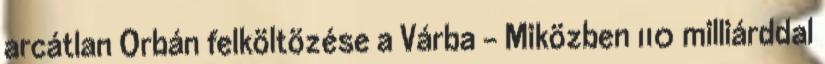
arcátlan Orbán felköltözése a Várba - Miközben 110 milliárddal